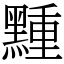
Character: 䵯